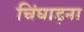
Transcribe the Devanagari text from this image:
चिंघाड़ना